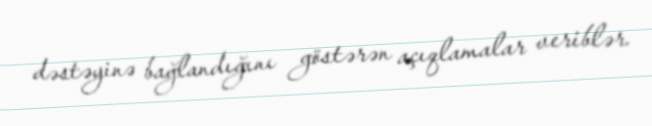
dəstəyinə bağlandığını göstərən açıqlamalar veriblər.